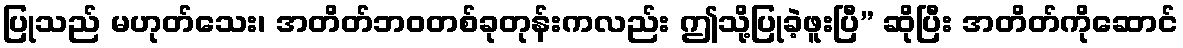
ပြုသည် မဟုတ်သေး၊ အတိတ်ဘဝတစ်ခုတုန်းကလည်း ဤသို့ပြုခဲ့ဖူးပြီ” ဆိုပြီး အတိတ်ကိုဆောင်